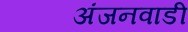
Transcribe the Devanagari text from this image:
अंजनवाडी